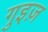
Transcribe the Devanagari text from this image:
गुइज़